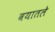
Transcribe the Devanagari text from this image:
वयातले